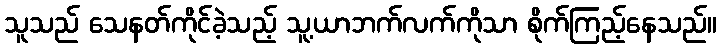
သူသည် သေနတ်ကိုင်ခဲ့သည့် သူ့ယာဘက်လက်ကိုသာ စိုက်ကြည့်နေသည်။